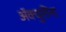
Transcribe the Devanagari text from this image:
ॲक्चुरींना